Lunatic asylums Bombay report 1891-1903 - 1891-1903
Year: 1891
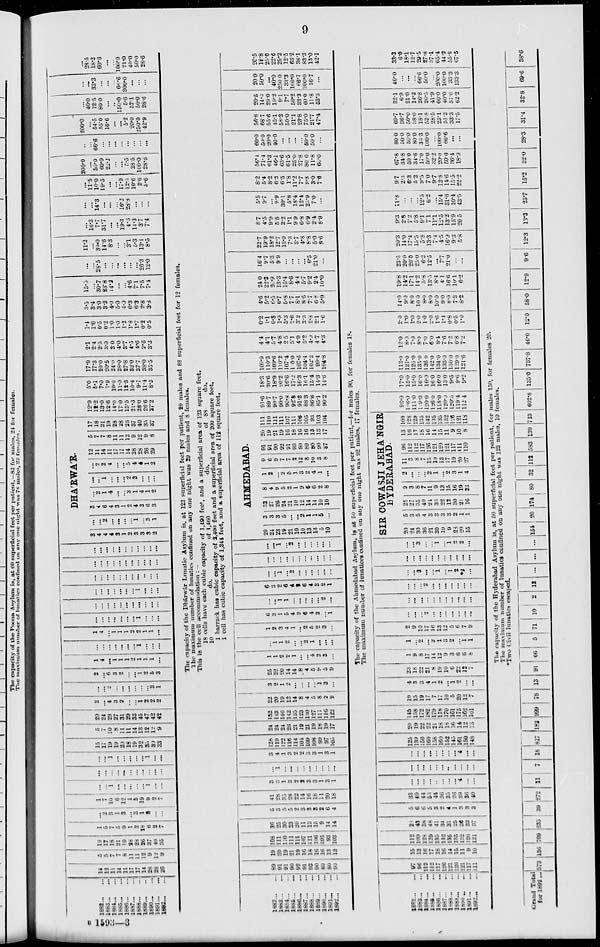
9
1892 ... ...
1883 ... ...
1884 ... ...
1885 ... ...
1886 ... ...
1887 ... ...
1888 ... ...
1889 ... ...
1890 ... ...
1891 ... ...
1892 ... ...
14
12
11
14
11
17
17
14
28
28
26
5
5
7
7
8
11
11
12
9
12
9
19
17
18
21
19
28
23
26
37
40
35
1
5
7
5
9
1
9
18
6
2
7
...
2
3
1
3
...
3
1
3
...
...
1
7
10
6
12
1
5
19
9
2
7
...
...
1
...
...
...
...
...
1
...
...
...
...
...
...
...
...
...
...
...
...
...
...
...
1
...
...
...
...
...
1
...
...
15
17
19
19
20
18
19
32
35
30
33
5
4
10
8
11
11
14
13
12
12
9
20
24
29
27
31
29
33
45
47
42
42
2
...
4
3
2
...
...
1
2
2
2
...
...
2
...
...
...
...
...
...
3
1
2
...
6
3
2
...
...
1 2
5
3
1
4
...
1
1
1
2
1
1
1
...
...
...
...
...
...
...
...
1
...
...
...
1
4
...
1
1
1
2
2
1
1
...
...
...
...
...
...
...
...
1
...
...
...
...
...
...
...
...
...
...
...
...
...
...
...
...
...
...
...
...
...
1 ...
...
...
...
...
...
...
...
...
...
...
...
...
...
...
...
...
...
...
...
...
...
...
...
...
DHÁRWÁR.
3
4
4
4
3
1
2
3
3
3
2
...
...
2
...
...
...
1
...
3
1
3
4
6
4
3
1
2
4
3
6
3
...
2
1
4
...
...
3
1
4
1
2
...
...
1
...
...
...
2
3
...
...
...
2
2
4
...
...
5
4
4
1
2
12
11
14
11
17
17
14
28
28
26
29
5
7
7
8
11
11
12
9
12
9
8
17
18
21
19
28
28
26
37
40
35
37
12.9
12.2
13.0
12.6
14.0
17.0
15.5
21.3
28.0
26.6
27.2
5.0
5.1
7.0
7.9
10.0
11.0
12.3
10.4
9.7
11.4
8.3
17.9
17.3
20.0
20.5
24.0
28.0
27.8
32.0
37.7
38.0
35.5
2.1
2.4
2.5
3.0
3.0
4.0
3.7
4.5
4.6
2.6
3.3
1.4
1.0
0.5
0.2
1.0
1.0
1.2
1.8
1.7
0.2
0.5
3.5
3.4
3.0
3.2
4.0
5.0
4.9
6.3
6.3
2.8
3.3
15.5
...
30.7
23.8
14.2
...
...
4.6
7.1
7.5
7.4
...
...
28.5
...
...
...
...
...
...
26.3
12.0
11.2
...
30.0
14.6
8.3
...
...
3.1
5.3
13.1
8.5
...
16.3
7.7
31.7
...
...
19.3
4.6
14.3
3.7
7.4
...
...
14.3
...
...
...
16.2
28.8
...
...
...
...
115
10.0
19.5
...
...
17.9
12.5
10.6
2.6
5.6
200.0
...
50.0
60.9
22.2
...
...
5.5
28.5
100.0
28.6
...
...
66.6
...
...
...
...
...
...
...
...
200.0
...
54.5
55.0
16.6
...
...
5.2
20.0
250.0
42.9
...
40.0
12.5
80.0
...
...
150.0
5.6
57.1
50.0
28.6
...
...
33.3
...
...
...
66.6
300.0
...
...
...
...
28.5
18.2
60.6
...
...
100.0
21.0
40.0
50.0
28.6
The capacity of the Dhárwár Lunatic Asylum is, at 123 superficial feet per patient, 20 males and 88 superficial feet for 12 females.
The maximum number of lunatics confined on any one night was 29 males and 8 females.
This is the cell accommodation : —
18 cells have each cubic capacity of 1,490 feet, and a superficial area of 123 square feet.
10
do.
of 1,460
do.
of
88
do.
1 barrack has cubic capacity of 2,400 feet and a superficial area of 200 square feet.
1 cell has cubic capacity of 1,344 feet, and a superficial area of 112 square feet.
1882 ... ...
1883 ... ...
1884 ... ...
1885 ... ...
1886 ... ...
1887 ... ...
1888 ... ...
1889 ... ...
1890 ... ...
1891 ... ...
1892 ... ...
89
91
91
90
92
91
93
90
89
80
90
19
20
19
21
19
16
18
16
16
13
13
108
111
110
111
111
107
111
106
105
93
103
36
25
30
23
20
11
13
15
9
14
14
5
3
5
5
2
3
3
8
2
6
4
41
28
35
28
22
14
16
18
11
20
18
3
3
1
3
2
2
3
3
1
3
1
...
1
...
...
...
...
...
...
...
...
...
3
4
1
3
2
2
3
3
1
3
1
128
119
122
116
114
104
109
108
99
97
105
24
24
24
26
21
19
21
19
18
19
17
152
143
146
142
135
123
130
127
117
116
122
22
20
19
12
14
8
4
5
8
2
9
3
2
1
2
...
...
...
...
1
3
...
25
22
20
14
14
...
...
...
9
5
9
1
1
2
2
1
...
...
4
2
3
...
...
1
1
2
...
...
2
1
...
...
...
1
2
3
4
1
...
2
5
2
3
...
6
3
1
5
4
2
6
4
3
...
1
...
...
1
1
...
...
...
...
...
2
...
6
3
2
6
4
2
6
4
3
2
1
...
...
1
...
2
...
...
...
...
...
...
...
...
...
...
...
...
...
...
...
...
...
...
...
1
...
2
...
...
...
...
...
...
AHMEDABAD.
29
24
23
19
21
10
10
13
13
5
10
3
3
3
5
...
...
2
1
1
5
...
32
27
26
24
21
10
12
14
14
10
10
8
4
9
5
2
1
9
6
6
2
8
1
2
...
2
5
1
3
2
4
1
...
9
6
9
7
7
2
12
8
10
3
8
91
91
90
92
91
93
90
89
80
90
87
20
19
21
19
16
18
16
16
13
13
17
111
110
111
111
107
111
106
105
93
103
104
91.6
89.7
90.7
90.0
90.8
92.8
91.3
88.3
86.8
85.1
90.2
18.3
20.6
18.9
20.2
16.6
17.2
16.3
16.1
15.4
14.3
14.6
109.9
110.3
109.6
110.2
107.4
100.0
107.6
104.4
102.2
99.4
104.8
4.4
4.1
5.7
4.8
2.5
5.1
4.9
5.2
4.9
4.7
4.3
0.2
1.1
0.3
1.9
3.3
2.6
3.2
3.3
2.8
2.1
1.6
4.6
5.2
6.5
6.7
5.8
7.7
8.1
8.5
7.7
6.8
5.9
24.0
22.3
20.9
13.3
15.4
8.6
4.4
5.7
9.2
2.4
10.0
16.4
9.7
5.3
9.9
...
...
...
...
6.5
21.0
...
22.7
19.9
18.2
12.7
13.0
7.3
3.7
4.8
8.8
5.0
8.6
8.7
4.5
9.9
5.5
2.2
1.1
9.9
6.8
6.9
2.4
8.9
5.5
9.7
...
9.9
30.1
5.8
18.4
12.4
25.9
7.0
...
8.2
5.4
8.2
6.3
6.5
1.8
11.2
7.7
9.8
3.0
7.6
56.4
71.4
61.3
46.1
63.6
61.5
25.0
27.8
80.0
11.8
60.0
60.0
50.0
20.0
40.0
...
...
...
...
50.0
50.0
...
56.8
68.7
55.6
45.1
58.3
50.0
21.1
23.8
75.0
21.7
47.4
20.5
14.3
29.0
19.2
9.1
7.7
56.2
33.3
60.0
11.8
53.3
20.0
50.0
...
40.0
250.0
33.3
100.0
66.7
200.0
16.7
...
20.5
18.8
25.0
22.6
29.2
12.5
63.2
38.1
83.3
13.0
42.1
The capacity of the Ahmedabad Asylum, is at 50 superficial feet per patient,—for males 90, for females 18.
The maximum number of lunatices confined on any one night was 92 males, 17 females.
1882 ... ...
1883 ... ...
1884 ... ...
1885 ... ...
1886 ... ...
1887 ... ...
1888 ... ...
1889 ... ...
1890 ... ...
1891 ... ...
1892 ... ...
97
96
112
112
117
126
121
120
121
117
111
15
13
16
17
18
16
14
15
11
9
10
112
109
128
129
135
142
135
135
132
126
121
28
43
38
48
41
34
31
25
36
33
37
5
6
6
5
3
2
4
1
3
3
3
33
49
44
53
44
36
35
26
39
36
40
...
...
...
...
...
...
...
...
4
...
...
...
...
...
...
...
...
...
...
...
...
...
...
...
...
...
...
...
...
...
4
...
...
125
139
150
160
158
160
152
145
161
150
148
20
19
22
22
21
18
18
16
14
12
13
145
158
172
182
179
178
170
161
175
162
161
19
15
19
17
7
17
10
5
20
12
7
4
3
3
4
1
2
...
1
2
...
...
23
18
22
21
8
19
10
6
22
12
7
1
9
8
17
14
12
9
3
6
6
8
1
...
2
...
2
1
3
2
...
1 1
2
9
10
17
16
13
12
5
6
7
9
...
...
...
...
...
...
...
...
...
...
...
...
...
...
...
...
...
...
...
...
...
...
...
...
...
...
...
...
...
...
...
...
...
...
...
3
...
...
1 ...
1
2
*2
...
...
...
...
...
...
...
...
...
...
...
...
...
...
3
...
...
1
...
1 2
2
...
SIR COWASJI JEHÁNGIR
HYDERABAD.
20
24
30
36
21
30
19
9
28
20
15
5
3
5
4
3
3
3
3
2
1
1
25
27
35
40
24
33
22
12
30
21
16
9
3
8
7
11
9
13
15
16
19
23
2
...
...
...
2
1
2
3
1
4
11
3
8
7
13
10
13
17
19
20
27
96
112
112
117
126
121
120
121
117
111
110
13
16
17
18
16
14
15
11
9
10
8
109
128
129
135
142
135
135
132
126
121
118
96.0
106.0
111.0
119.0
120.0
126.0
118.0
120.0
120.5
119.4
112.4
17.0
15.0
15.0
16.0
16.0
16 0
16.0
13.0
9.5
9.6
9.2
113.0
121.0
126.0
135.0
136.0
142.0
134.0
133.0
130.0
129.0
121.6
12.0
8.0
7.0
8.0
7.0
6.0
8.4
7.6
7.2
6.8
7.2
2.0
1.0
1.0
2.0
1.0
2.0
1.6
1.4
0.8
0.5
1.0
14.0
9.0
8.0
10.0
8.0
8.0
10.0
9.0
8.0
7.3
8.2
19.8
14.2
17.1
14.2
5.8
13.5
8.4
4.1
16.6
10.1
6.2
23.5
20.0
20.0
25.0
6.2
12.5
...
7.7
21.0
...
...
20.3
14.0
17.4
15.5
5.8
13.3
7.4
4.5
16.9
9.3
5.8
9.3
2.8
7.2
5.8
9.1
7.1
11.1
12.5
13.2
15.9
20.5
11.8
...
...
...
12.5
6.2
...
15.4
31.6
10.4
43.5
9.7
2.3
6.3
5.2
9.5
7.0
9.7
12.8
14.6
15.5
22.2
67.8
34.8
50.0
34.6
17.0
50.0
32.2
20.0
50.0
36.4
18.9
80 0
50.0
50.0
80.0
33.3
100.0
...
100.0
66.6
...
...
69.7
36.7
50.0
38.0
18.1
52.8
28.5
23.1
51.2
33.3
17.5
32.1
6.9
21.0
14.2
26.8
26.5
41.9
60.0
40.0
57.6
62.2
40.0
...
...
...
66.6
50.0
...
200.0
100.0
33.3
133.3
33.3
6.0
18.1
12.7
29.5
27.8
37.1
65.4
44.2
55.6
67.5
The capacity of the Hyderabad Asylum is, at 50 superficial feet per patient, for males 150, for females 20.
The maximum number of lunatics confined on any one night was 123 males, 10 females.
*Two Civil lunatics escaped.
Grand Total
for 1892 ... 573 136
709
233 39 272 11 7 18
817
182 999 78 13 91
66
5 71 10 2 12 ...
...
... 154 20 174 80 32 115 583 130 713 602.8 135.0 737.8 46.0 12.0 58.0 12.9
9.6 12.3 13.3 23.7 15.2 32.0 28.3 31.4 32.8 69.6 38.6
B 15993—3